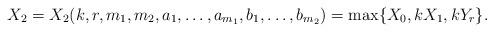
LaTeX: \begin{align*} X_2 = X_2(k, r, m_1, m_2, a_1, \ldots, a_{m_{1}}, b_1, \ldots, b_{m_{2}}) = \max \{ X_0, kX_1, kY_r \}.\end{align*}